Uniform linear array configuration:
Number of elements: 12
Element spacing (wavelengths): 0.25
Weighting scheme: hann
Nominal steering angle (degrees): -30
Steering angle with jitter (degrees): -29.545
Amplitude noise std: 0.05
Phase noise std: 0.05

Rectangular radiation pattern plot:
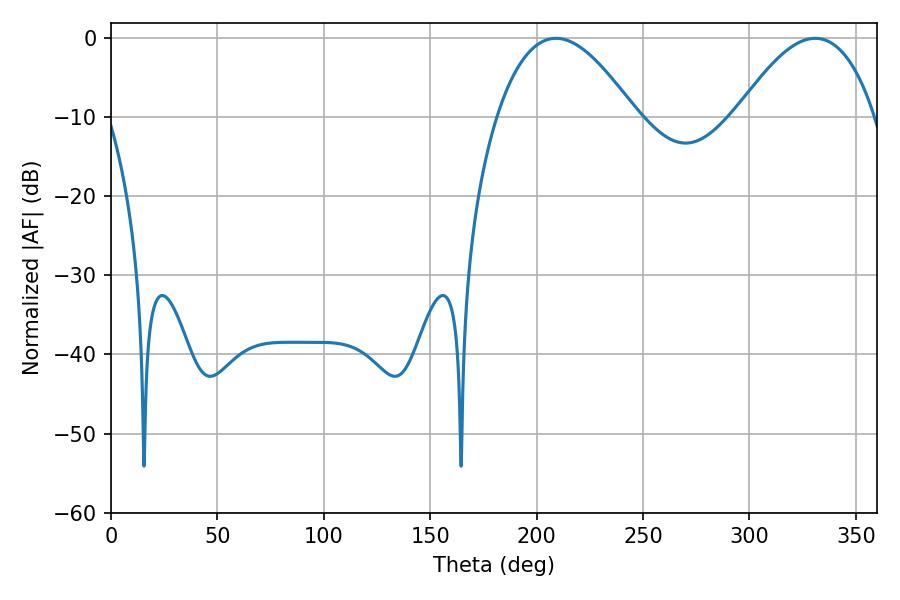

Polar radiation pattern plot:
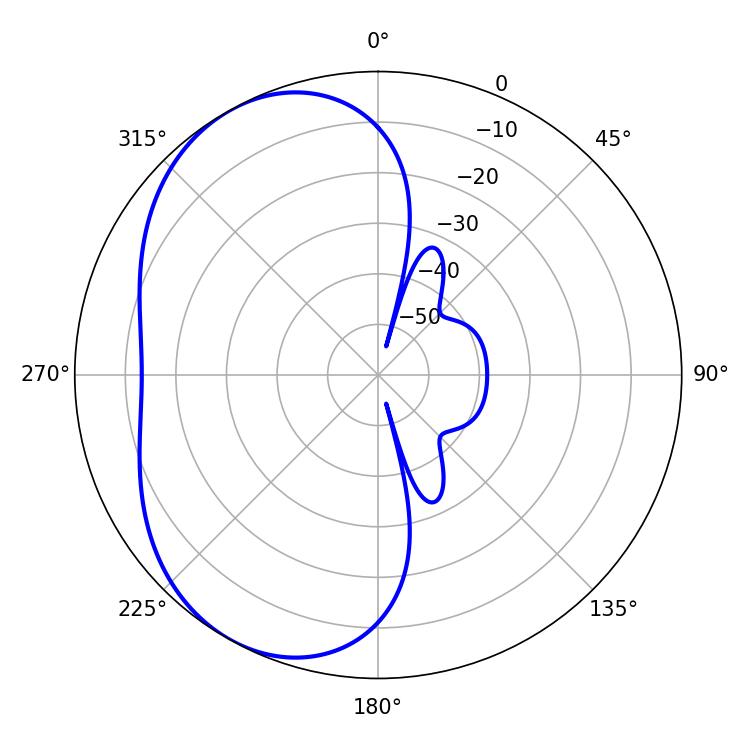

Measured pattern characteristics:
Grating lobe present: FALSE
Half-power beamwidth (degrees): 35.64
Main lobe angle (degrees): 209.16